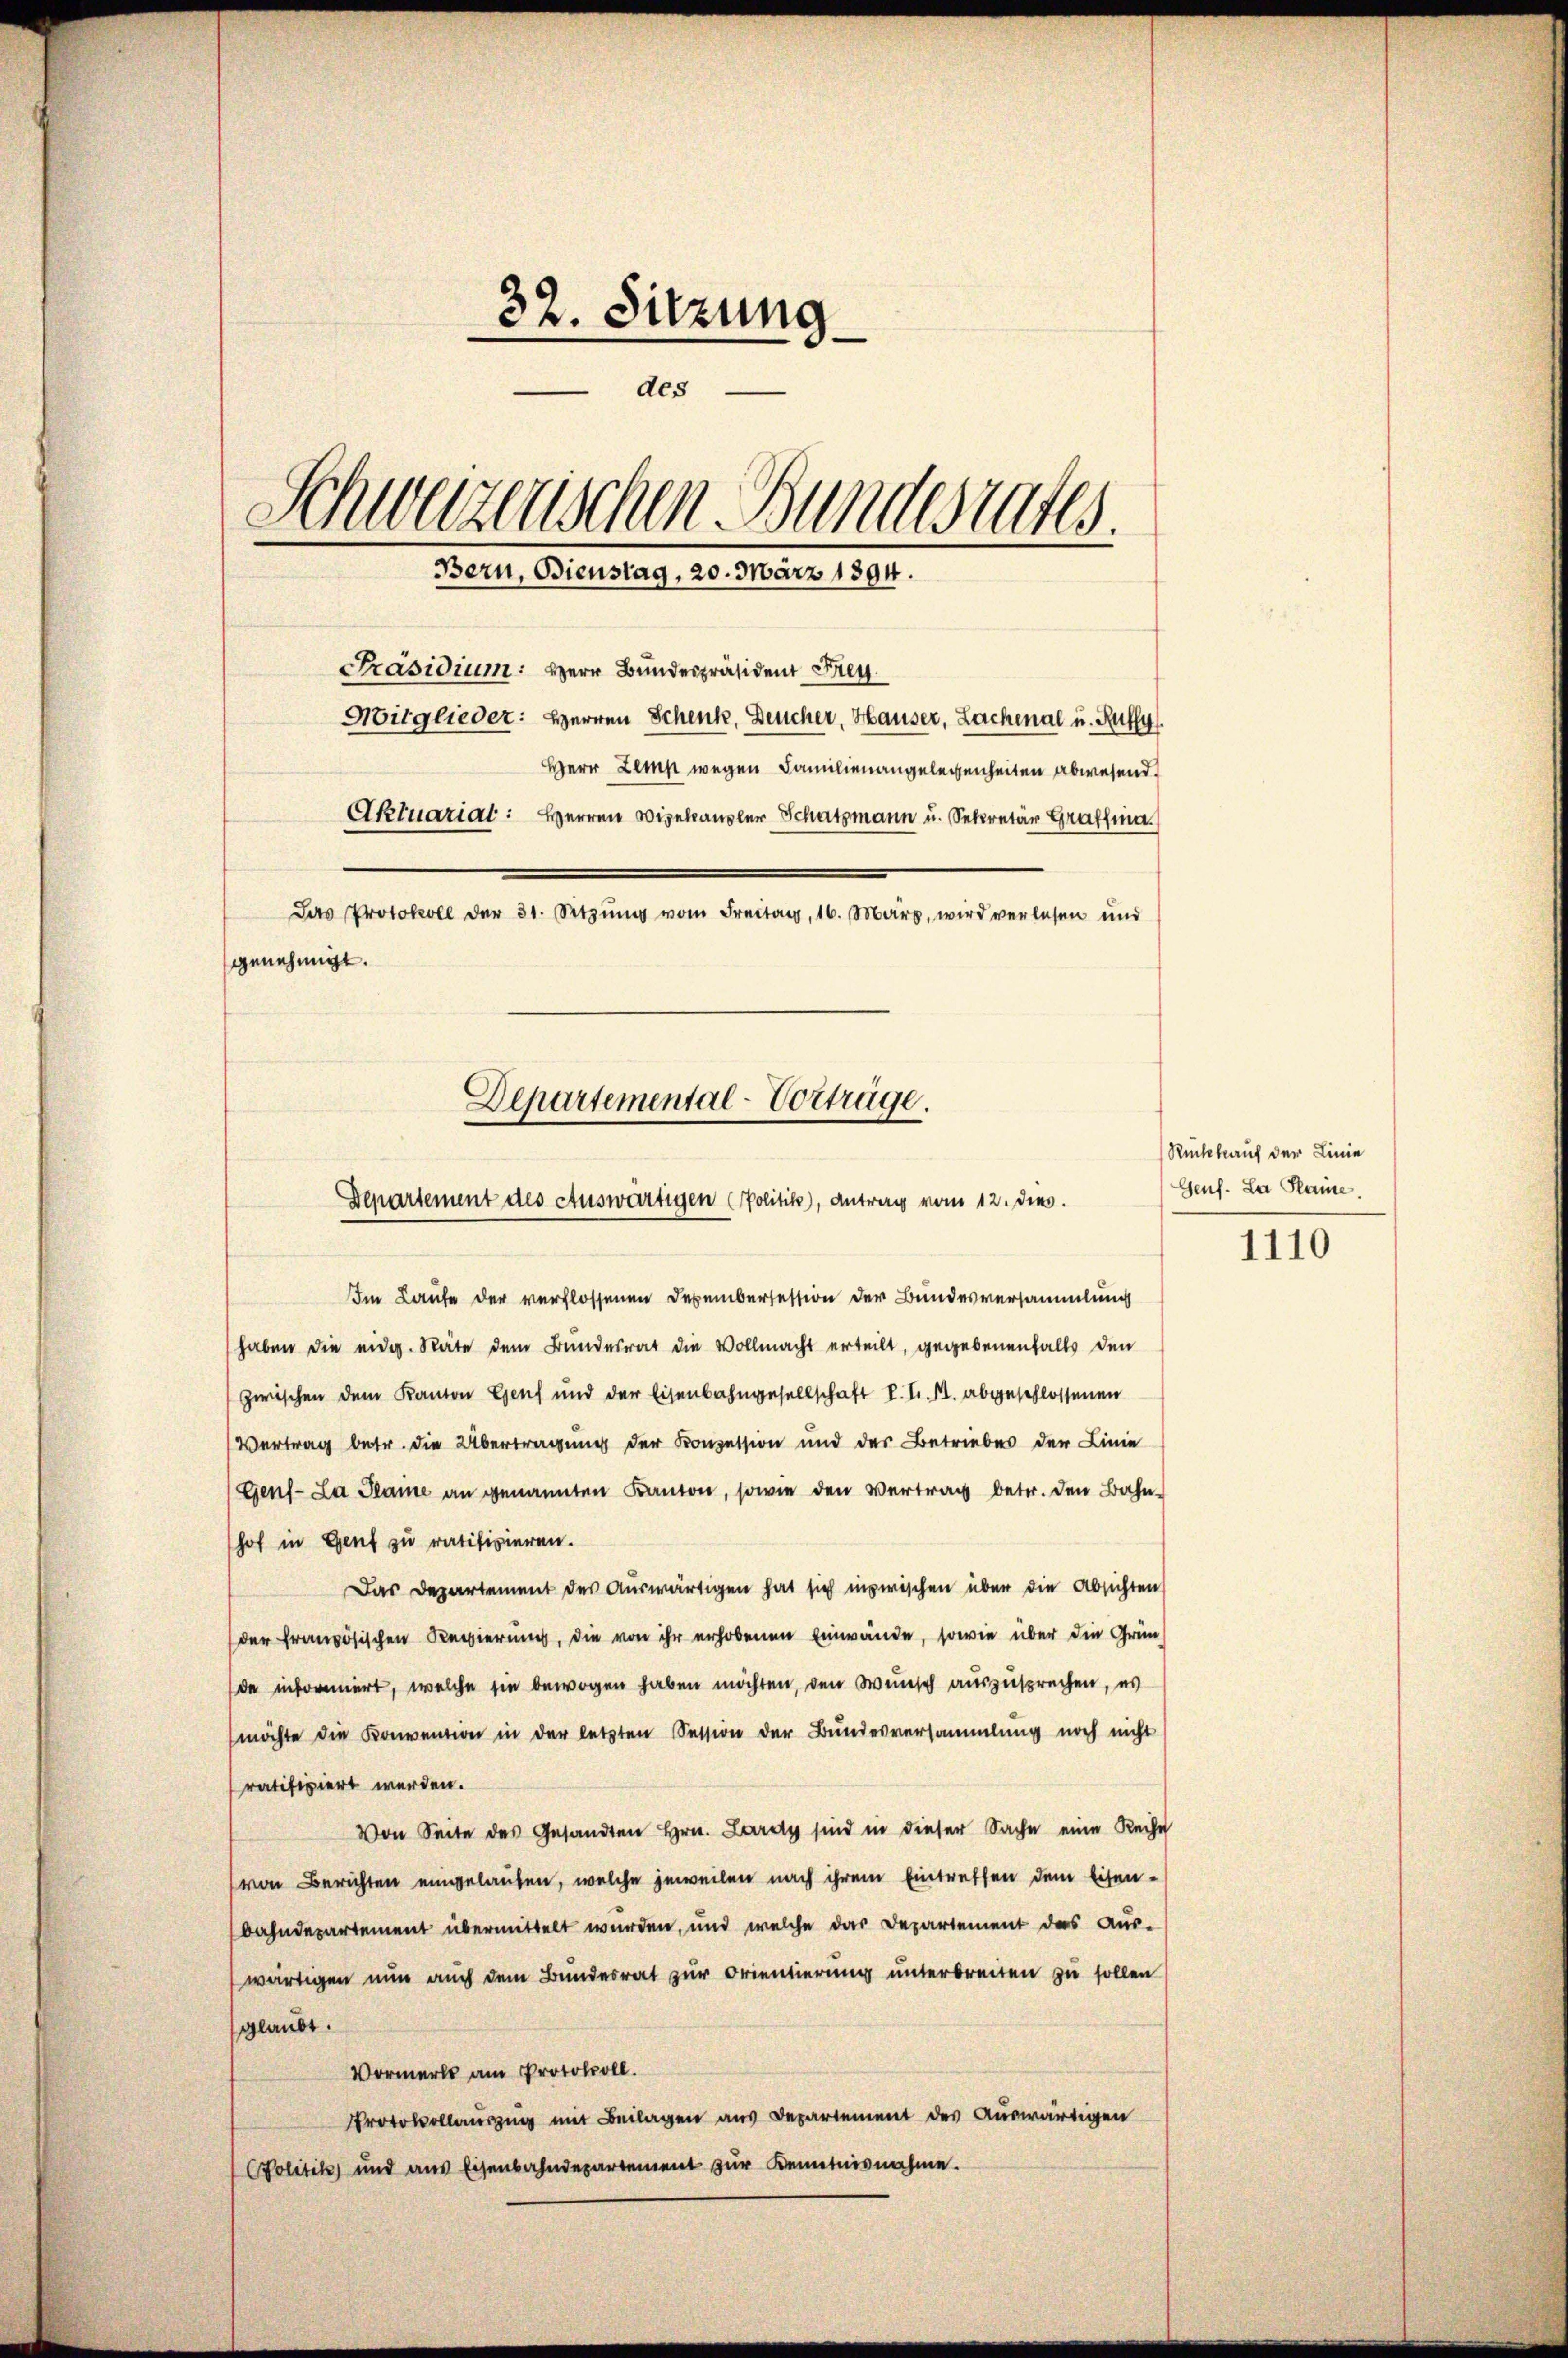
32. Sitzung
des
Schweizerischen Bundestates.
Bern, Bienstag, 20. März 1894.
Präsidium: Herr Bundespräsident Frey.
Mitglieder: Herren Schenk, Deucher, Hauser, Lachenal u. Ruffy
Herr Lemp wegen Familienangelegenheiten abwesend.
Aktuariat: Herren Vizekanzler Schatzmann u. Sekretär Graf.
Das Protokoll der 31. Sitzŭng vom Freitag, 16. März, wird verlesen und
genehmigt.
Departemental-Vorträge.

Departement des Auswärtigen (Politik), Antrag vom 12. Dies

Im Laufe der verflossenen Dezembersession der Bundesversammlung
haben die eidg. Räte dem Bundesrat die Vollmacht erteilt, gegebenenfalls den
zwischen dem Kanton Genf und der Eisenbahngesellschaft II. M. abgeschlossenen
Vertrag betr. die Übertragung der Konzession und der Betriebes der Linie
Genf. La Plaine an genannten Kanton, sowie den Vertrag betr. den Bahnhof in Genf zu ratifizieren.
Das Departement des Auswärtigen hat sich inzwischen über die Absichten
der französischen Regierung, die von ihr erhobenen Einwände, sowie über die Gründe informiert, welche sie bewogen haben möchten, den Wunsch auszusprechen, es
möchte die Konvention in der letzten Session der Bundesversammlung noch nicht
ratifiziert werden.
Von Seite des Gesandten Hrn. Lardy sind in dieser Sache eine Reihe
von Berichten eingelaufen, welche jeweilen nach ihrem Eintreffen dem Eisen-
bahndepartement übermittelt wurden, und welche das Departement das Aus-
wärtigen nun auch dem Bundesrat zur Orientierung unterbreiten zu sollen
glaubt.
Vormerks am Protokoll.
Protokollauszug mit Beilagen aus Departement des Auswärtigen
Politik und aus Eisenbahndepartement zur Kenntnisnahme.

Rückkauf der Linie
Genf. La Plaine

1110